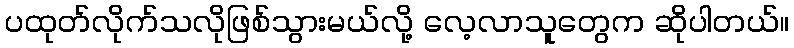
ပထုတ်လိုက်သလိုဖြစ်သွားမယ်လို့ လေ့လာသူတွေက ဆိုပါတယ်။